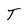
Character: T